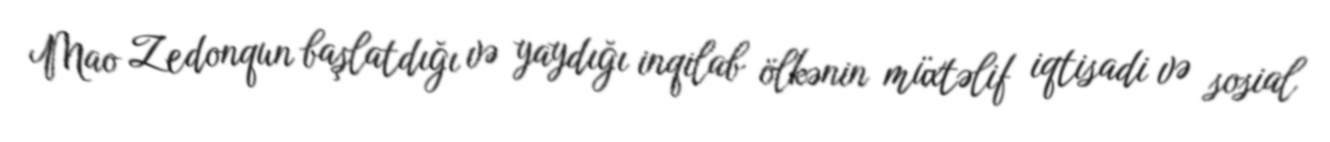
Mao Zedonqun başlatdığı və yaydığı inqilab ölkənin müxtəlif iqtisadi və sosial